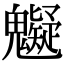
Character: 䰯